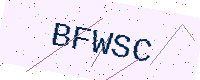
Text: BFWSC